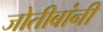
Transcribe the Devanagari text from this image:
जोतीबांनी